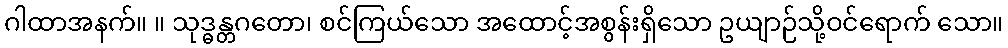
ဂါထာအနက်။ ။ သုဒ္ဓန္တဂတော၊ စင်ကြယ်သော အထောင့်အစွန်းရှိသော ဥယျာဉ်သို့ဝင်ရောက် သော။